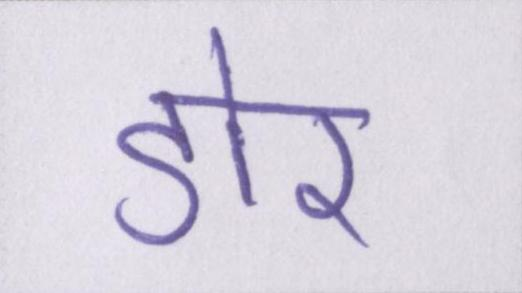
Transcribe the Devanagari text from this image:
डोर